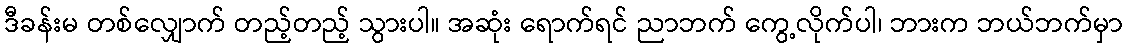
ဒီခန်းမ တစ်လျှောက် တည့်တည့် သွားပါ။ အဆုံး ရောက်ရင် ညာဘက် ကွေ့လိုက်ပါ၊ ဘားက ဘယ်ဘက်မှာ